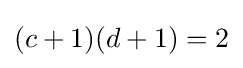
(c+1)(d+1)=2